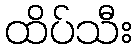
ထိပ်သီး